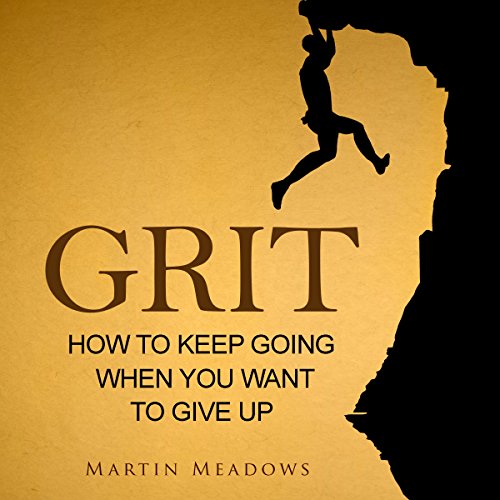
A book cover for Grit: How to Keep Going When You Want to Give Up; Martin Meadows; Medical Books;